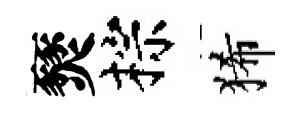
燹棕狶